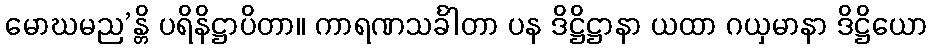
မောဃမည’န္တိ ပရိနိဋ္ဌာပိတာ။ ကာရဏသင်္ခါတာ ပန ဒိဋ္ဌိဋ္ဌာနာ ယထာ ဂယှမာနာ ဒိဋ္ဌိယော